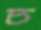
চ